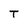
Character: T